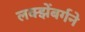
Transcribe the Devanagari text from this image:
लक्झेंबर्गने